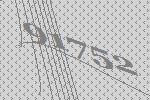
91752